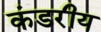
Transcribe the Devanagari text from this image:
कंडरीय